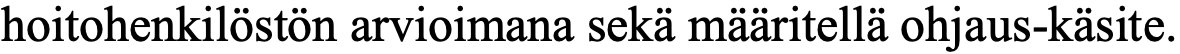
hoitohenkilöstön arvioimana sekä määritellä ohjaus-käsite.